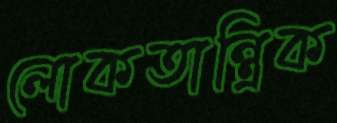
লোকতান্ত্রিক